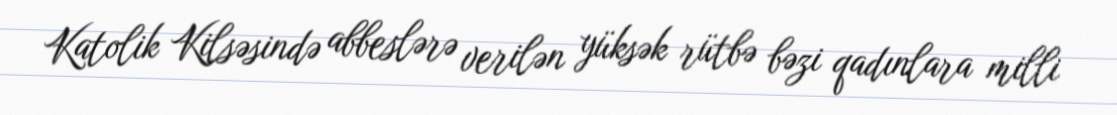
Katolik Kilsəsində abbeslərə verilən yüksək rütbə bəzi qadınlara milli